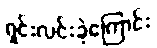
ရှင်းလင်းခဲ့ကြောင်း